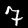
Digit: 7